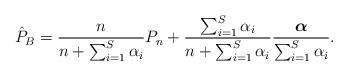
LaTeX: \begin{align*}\hat{P}_B = \frac{n}{n + \sum_{i = 1}^S \alpha_i} P_n + \frac{\sum_{i = 1}^S \alpha_i}{n+\sum_{i = 1}^S \alpha_i} \frac{\boldsymbol\alpha}{\sum_{i = 1}^S \alpha_i}. \end{align*}